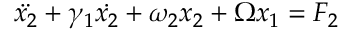
\ddot { x _ { 2 } } + \gamma _ { 1 } \dot { x _ { 2 } } + \omega _ { 2 } x _ { 2 } + \Omega x _ { 1 } = F _ { 2 }